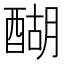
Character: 醐